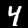
Digit: 4